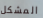
المشكل